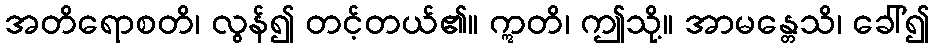
အတိရောစတိ၊ လွန်၍ တင့်တယ်၏။ ဣတိ၊ ဤသို့။ အာမန္တေသိ၊ ခေါ်၍